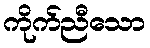
ကိုက်ညီသော